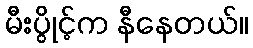
မီးပွိုင့်က နီနေတယ်။